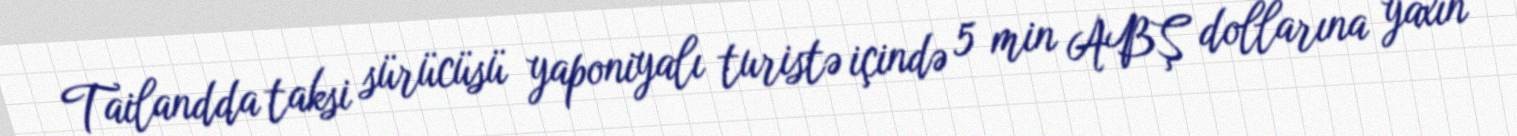
Tailandda taksi sürücüsü yaponiyalı turistə içində 5 min ABŞ dollarına yaxın